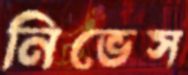
নিভেস